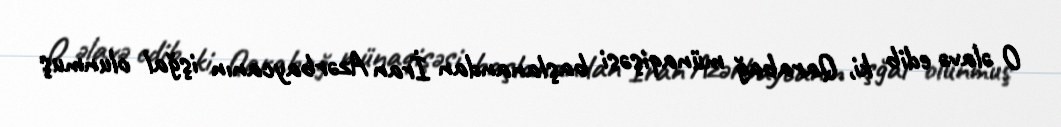
O əlavə edib ki, Qarabağ münaqişəsi başlanandan İran Azərbaycanın işğal olunmuş